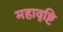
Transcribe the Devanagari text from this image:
महावृष्टि